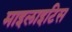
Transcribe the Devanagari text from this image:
माइलाइटिस